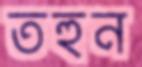
তহুন